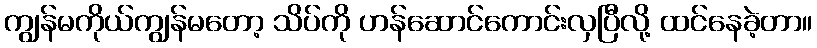
ကျွန်မကိုယ်ကျွန်မတော့ သိပ်ကို ဟန်ဆောင်ကောင်းလှပြီလို့ ထင်နေခဲ့တာ။